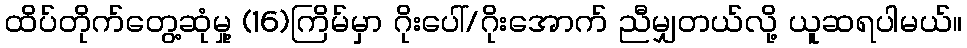
ထိပ်တိုက်တွေ့ဆုံမှု့ (16)ကြိမ်မှာ ဂိုးပေါ်/ဂိုးအောက် ညီမျှတယ်လို့ ယူဆရပါမယ်။